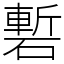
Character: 磛